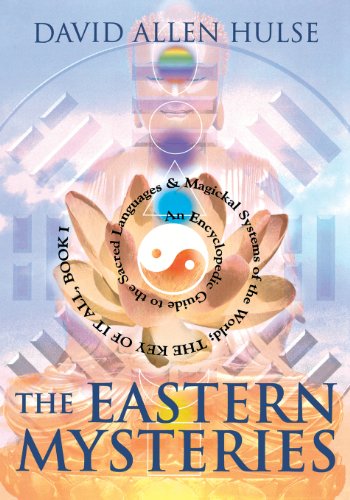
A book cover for The Eastern Mysteries: An Encyclopedic Guide to the Sacred Languages & Magickal Systems of the World (Key of It All); David Allen Hulse; Politics & Social Sciences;